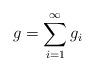
LaTeX: \begin{align*} g= \sum_{i=1}^{\infty} g_i\end{align*}